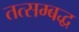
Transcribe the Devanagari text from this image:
तत्सम्बद्ध